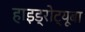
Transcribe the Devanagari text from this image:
हाइड्रोट्यूबा